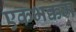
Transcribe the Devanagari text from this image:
एकभक्कम